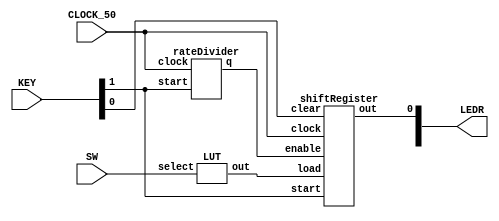
module part3(KEY, SW, LEDR, CLOCK_50);
	input [1:0] KEY;
	input [2:0]SW;
	input CLOCK_50;
	output [9:0] LEDR;

	wire [13:0] load;
	wire en;
	LUT lut(.select(SW), .out(load));
	rateDivider rd(.clock(CLOCK_50), .start(KEY[1]), .q(en));
	shiftRegister sr(.load(load), .enable(en), .start(KEY[1]), .clock(CLOCK_50), .clear(KEY[0]), .out(LEDR[0]));
endmodule

module LUT(select, out);
	input [2:0] select;
	output reg [13:0] out;
	
	always @(*)
	begin
		case(select)
			3'b000: out = 14'b10_1010_0000_0000;
			3'b001: out = 14'b11_1000_0000_0000;
			3'b010: out = 14'b10_1011_1000_0000;
			3'b011: out = 14'b10_1010_1110_0000;
			3'b100: out = 14'b10_1110_1110_0000;
			3'b101: out = 14'b11_1010_1011_1000;
			3'b110: out = 14'b11_1010_1110_1110;
			3'b111: out = 14'b11_1011_1010_1000;
		endcase
	end
endmodule

module rateDivider(clock, start, q);
	input clock, start;
	output q;
	
	reg [24:0] out;
	
	wire [24:0] load;
	assign load = 25'd24_999_999;
	
	always @(posedge clock or negedge start)
	begin
		if (start == 1'b0)
			out <= load;
		else 
		begin
			if(out == 25'd0)
				out <= load;
			else
				out <= out - 1'b1;
		end
	end
	
	assign q = (out == 25'd0) ? 1 : 0;
endmodule

module shiftRegister(load, enable, start, clock, clear, out);
	input [13:0] load;
	input enable, clock, clear, start;
	output reg out;
	
	reg [13:0] shifter;
	
	always @(posedge clock, negedge clear, negedge start)
	begin
		if(clear == 1'b0)
		begin
			shifter <= 0;
			out <= 0;
		end
		else if(start == 1'b0)
			shifter <= load;
		else if(enable == 1'b1)
		begin
			out <= shifter[13];
			shifter = shifter << 1'b1;
		end
	end
endmodule